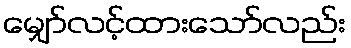
မျှော်လင့်ထားသော်လည်း